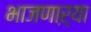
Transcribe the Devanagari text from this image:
भाजणाऱ्या